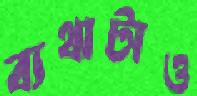
ব্যথাটাও